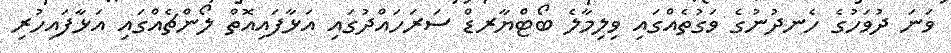
ވަނަ ދުވަހުގެ ހެނދުނުގެ ވަގުތެއްގައި ވިލިމާލެ ބޯޓްޔާރޑް ސަރަހައްދުގައި އަޅާފައިއޮތް ލޯންޗެއްގައި އަޅާފައިހުރި